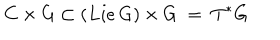
LaTeX: C \times G \subset ( L i e \, G ) \times G \ = \ T ^ { * } G